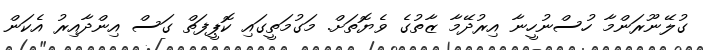
ގުލޭނޫރަންމާ ހުސްނުހީނާ އިރުދޭމާ ޒާތުގެ ވެޔޮތަށް. މަގުމަތީގައި ކޮޕީފަތް ގަސް އިންދާއިރު އެކަން